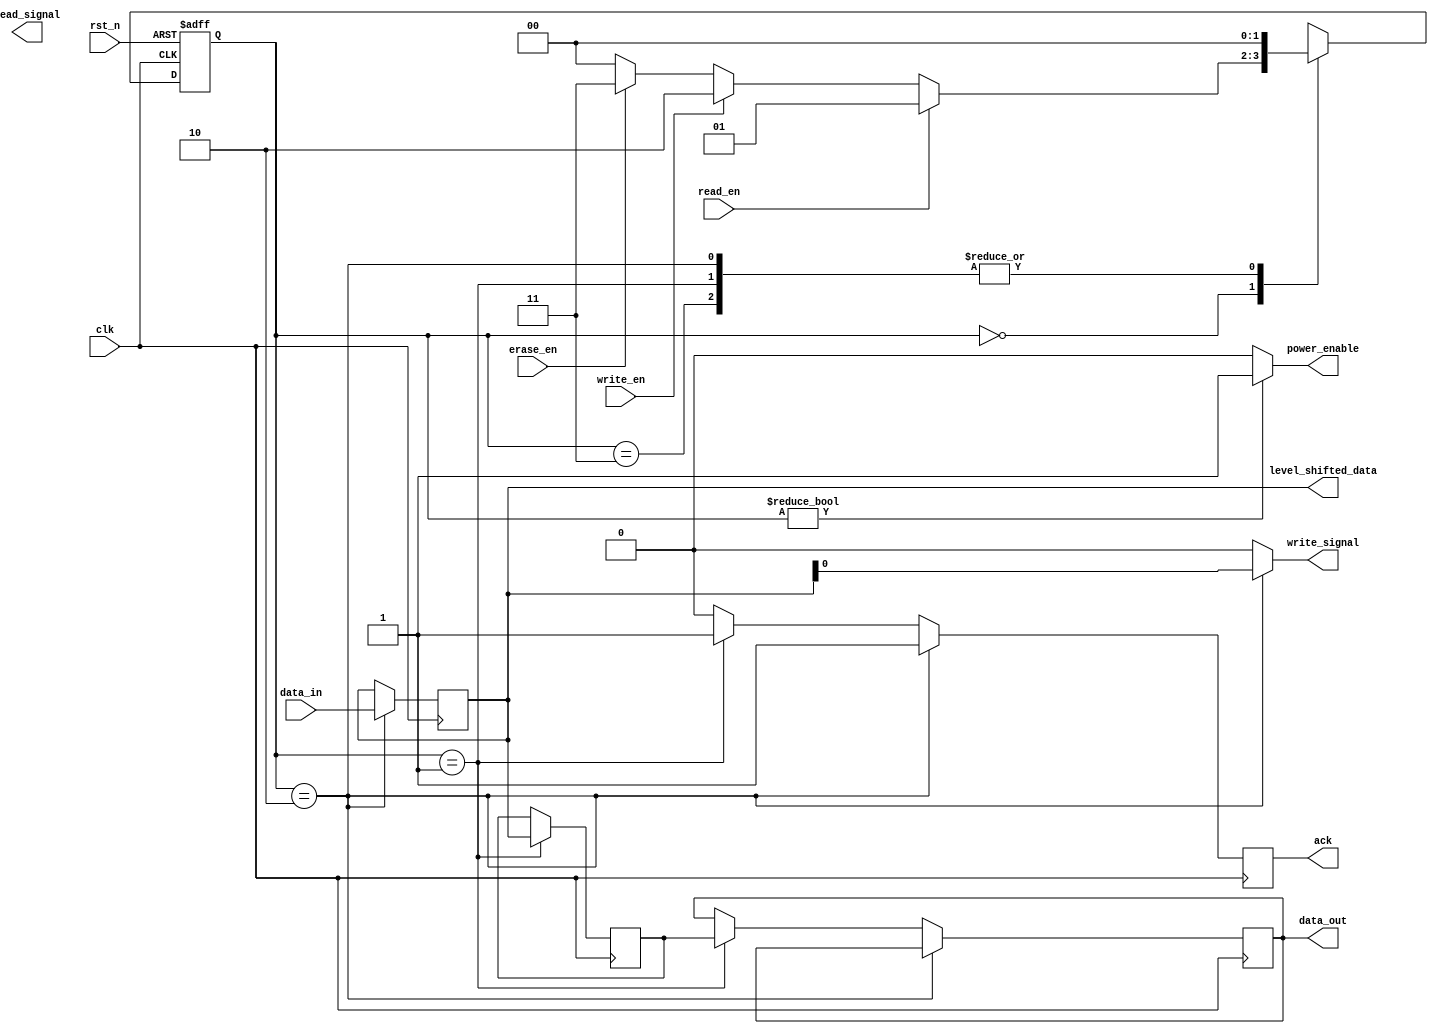
module pcm_io_block (
    input wire clk,
    input wire rst_n,
    input wire [DATA_WIDTH-1:0] data_in,
    output reg [DATA_WIDTH-1:0] data_out,
    input wire read_en,
    input wire write_en,
    input wire erase_en,
    output reg ack,
    output wire [DATA_WIDTH-1:0] level_shifted_data,
    output wire write_signal,
    output wire read_signal,
    output wire power_enable
);
    parameter DATA_WIDTH = 8; // Can be 8, 16, or 32 bits
    parameter IDLE = 2'b00, READ = 2'b01, WRITE = 2'b10, ERASE = 2'b11;
    
    reg [1:0] state, next_state;
    reg [DATA_WIDTH-1:0] buffer;
    reg [DATA_WIDTH-1:0] amplified_signal;
    
    // State Machine for Control Logic
    always @(posedge clk or negedge rst_n) begin
        if (!rst_n)
            state <= IDLE;
        else
            state <= next_state;
    end

    always @(*) begin
        case (state)
            IDLE: begin
                if (read_en) next_state = READ;
                else if (write_en) next_state = WRITE;
                else if (erase_en) next_state = ERASE;
                else next_state = IDLE;
            end
            READ: next_state = IDLE;
            WRITE: next_state = IDLE;
            ERASE: next_state = IDLE;
            default: next_state = IDLE;
        endcase
    end

    // Data Input/Output Buffers
    always @(posedge clk) begin
        if (state == WRITE) begin
            buffer <= data_in;
            ack <= 1'b1; // Acknowledge write operation
        end else if (state == READ) begin
            data_out <= amplified_signal; // Output amplified signal
            ack <= 1'b1; // Acknowledge read operation
        end else begin
            ack <= 1'b0;
        end
    end

    // Voltage Level Shifter (simplified)
    assign level_shifted_data = buffer; // Placeholder for actual level shifting logic

    // Write Driver Circuit (simplified)
    assign write_signal = (state == WRITE) ? buffer : {DATA_WIDTH{1'b0}};

    // Read Amplifier (simplified)
    always @(posedge clk) begin
        if (state == READ) begin
            amplified_signal <= buffer; // Placeholder for actual amplification logic
        end
    end

    // Power Management (simplified)
    assign power_enable = (state != IDLE) ? 1'b1 : 1'b0;

endmodule